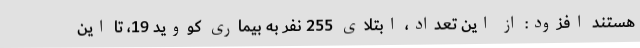
هستند افزود: از این تعداد، ابتلای 255 نفر به بیماری کووید 19، تا این